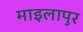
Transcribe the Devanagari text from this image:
माइलापुर